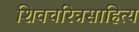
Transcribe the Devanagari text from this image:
शिवचरित्रसाहित्य